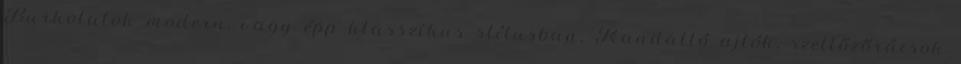
Burkolatok modern, vagy épp klasszikus stílusban. Kandalló ajtók, szellőzőrácsok